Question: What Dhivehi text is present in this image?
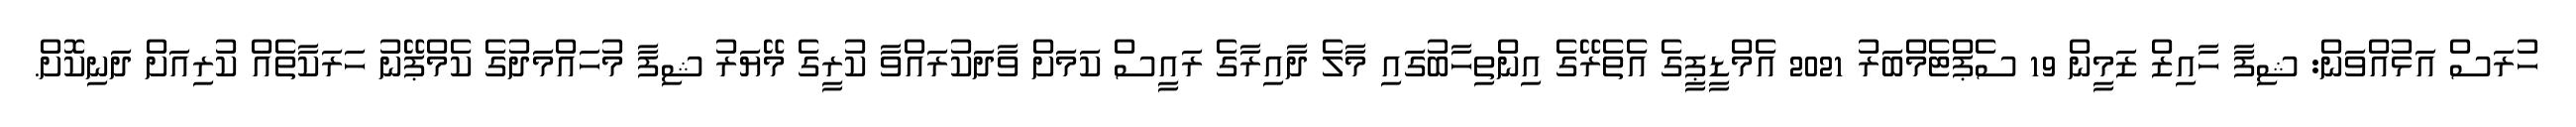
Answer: ހުރަސް އަޅުއްވަން: ޝިފާ ހާއިޒް ޒަމީން 19 ސެޕްޓެމްބަރު 2021 އެމްޑީޕީގެ އެތެރޭގެ އިންތިހާބުގައި މާލެ ދާއިރާގެ ރައީސް ކަމަށް ވާދަކުރައްވާ ކުރީގެ މޭޔަރު ޝިފާ މުހައްމަދުގެ ކެމްޕޭނު ހަރަކާތެއް ކުރިއަށް ދަނިކޮށް.